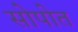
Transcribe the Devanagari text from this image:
सोपोत